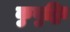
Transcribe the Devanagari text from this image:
कुबुद्धिः